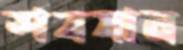
শবযান